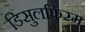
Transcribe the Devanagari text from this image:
डिसुलफिरम